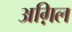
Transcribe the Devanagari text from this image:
अग़िल